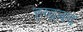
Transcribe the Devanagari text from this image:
ह्य्द्रबद